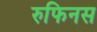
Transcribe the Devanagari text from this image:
रुफिनस